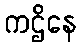
ကဌိနေ